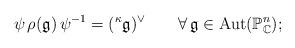
LaTeX: \begin{align*}\psi\,\rho(\mathfrak{g})\,\psi^{-1}=({}^{\kappa}\!\, \mathfrak{g})^{\vee}\qquad\forall\,\mathfrak{g}\in\mathrm{Aut}(\mathbb{P}^n_\mathbb{C});\end{align*}